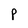
Character: P